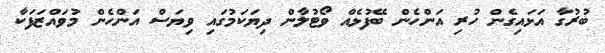
ބުރުގާ އަޅައިގެން ހުރި އަންހެން ބޭފުޅެއް ވޯޓުލާން ދިޔަކަމުގައި ވިޔަސް އަންހެން މުވައްޒަފަކާ